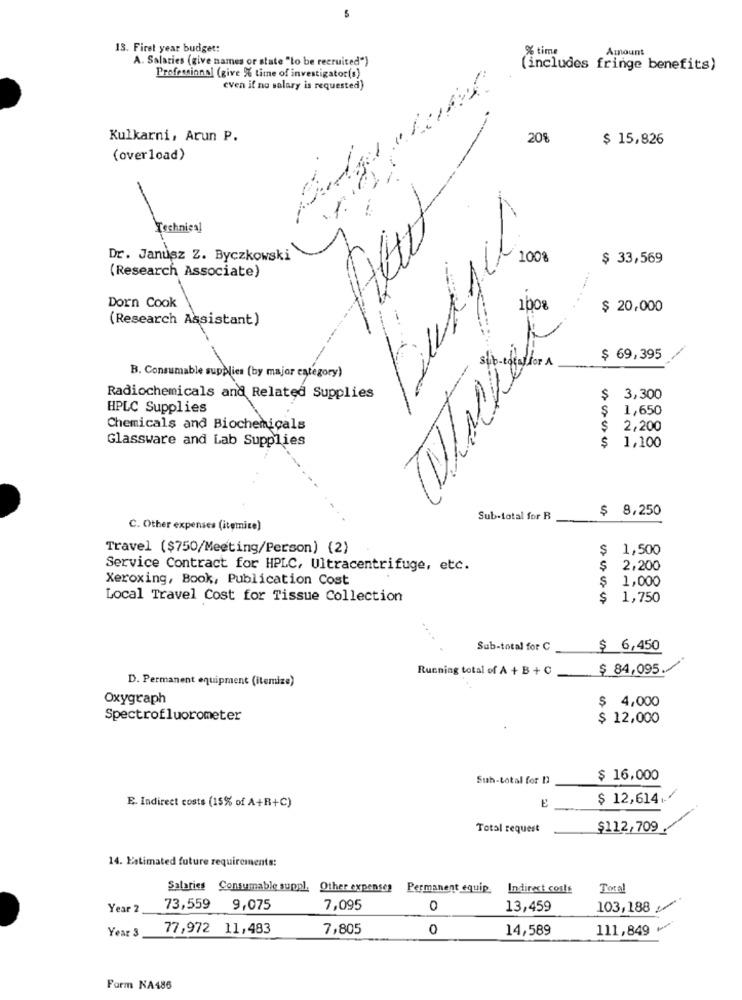
13. First year budget:
% time
Amount
A. Salaries (give names or state "to be recruited")
(includes fringe benefits)
Professional (give 5% time of investigator(s)
even if no salary is requested)
Kulkarni, Arun P.
20%
$ 15,826
(overload)
Budget
Technical
Dr. Janusz Z. Byczkowski
1008
$ 33,569
(Research Associate)
Dorn Cook
1008
$ 20,000
(Research Assistant)
$ 69,395
B. Consumable supplies (by major category)
Radiochemicals and Related Supplies
$
3,300
HPLC Supplies
-
S
1,650
Chemicals and Biochemicals
S
2,200
Glassware and Lab Supplies
S
1,100
$ 8,250
Sub-total for R
C. Other expenses (itemice)
Travel ($750/Meeting/Person) (2)
$
1,500
Service Contract for HPLC, Ultracentrifuge, etc.
$
2,200
Xeroxing, Book, Publication Cost
1,000
$
Local Travel Cost for Tissue Collection
$
1,750
....
Sub-total for C
$ 6,450
Running total of A + B + C
$ 84,095
D. Permanent equipment (itemize)
Oxygraph
$ 4,000
Spectrofluorometer
$ 12,000
Sub-total for 12
$ 16,000
$ 12,614.
E. Indirect costs (15% of A+B+C)
Total request
$112,709
14. Estimated future requirements:
Salaries Consumable suppl. Other expenses
Permanent equip
Indirect costs
Total
Year 2
73,559 9,075
7,095
0
13,459
103,188
77,972 11,483
7,805
0
14,589
111,849 ₩
Year &
Farm NA486